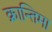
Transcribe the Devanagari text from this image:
क्रान्तिमा